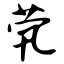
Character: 茕